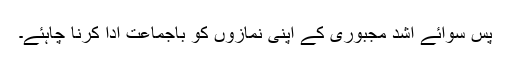
پس سوائے اشد مجبوری کے اپنی نمازوں کو باجماعت ادا کرنا چاہئے۔